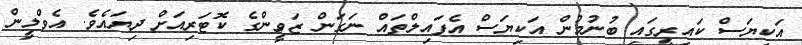
އަކިޔަސް ކައިރީގައި ބުނުމުން އަކިޔަސް އެފައިލްތައް ނަގަން ޒަވީންގެ ކޮޓަރިއަށް ދިޔައެވެ. އެވްލީން